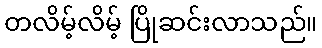
တလိမ့်လိမ့် ပြိုဆင်းလာသည်။